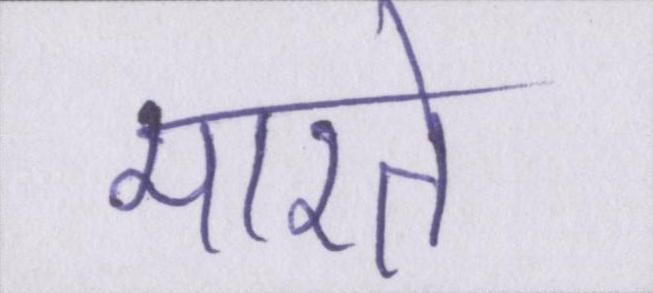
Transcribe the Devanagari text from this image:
मारते